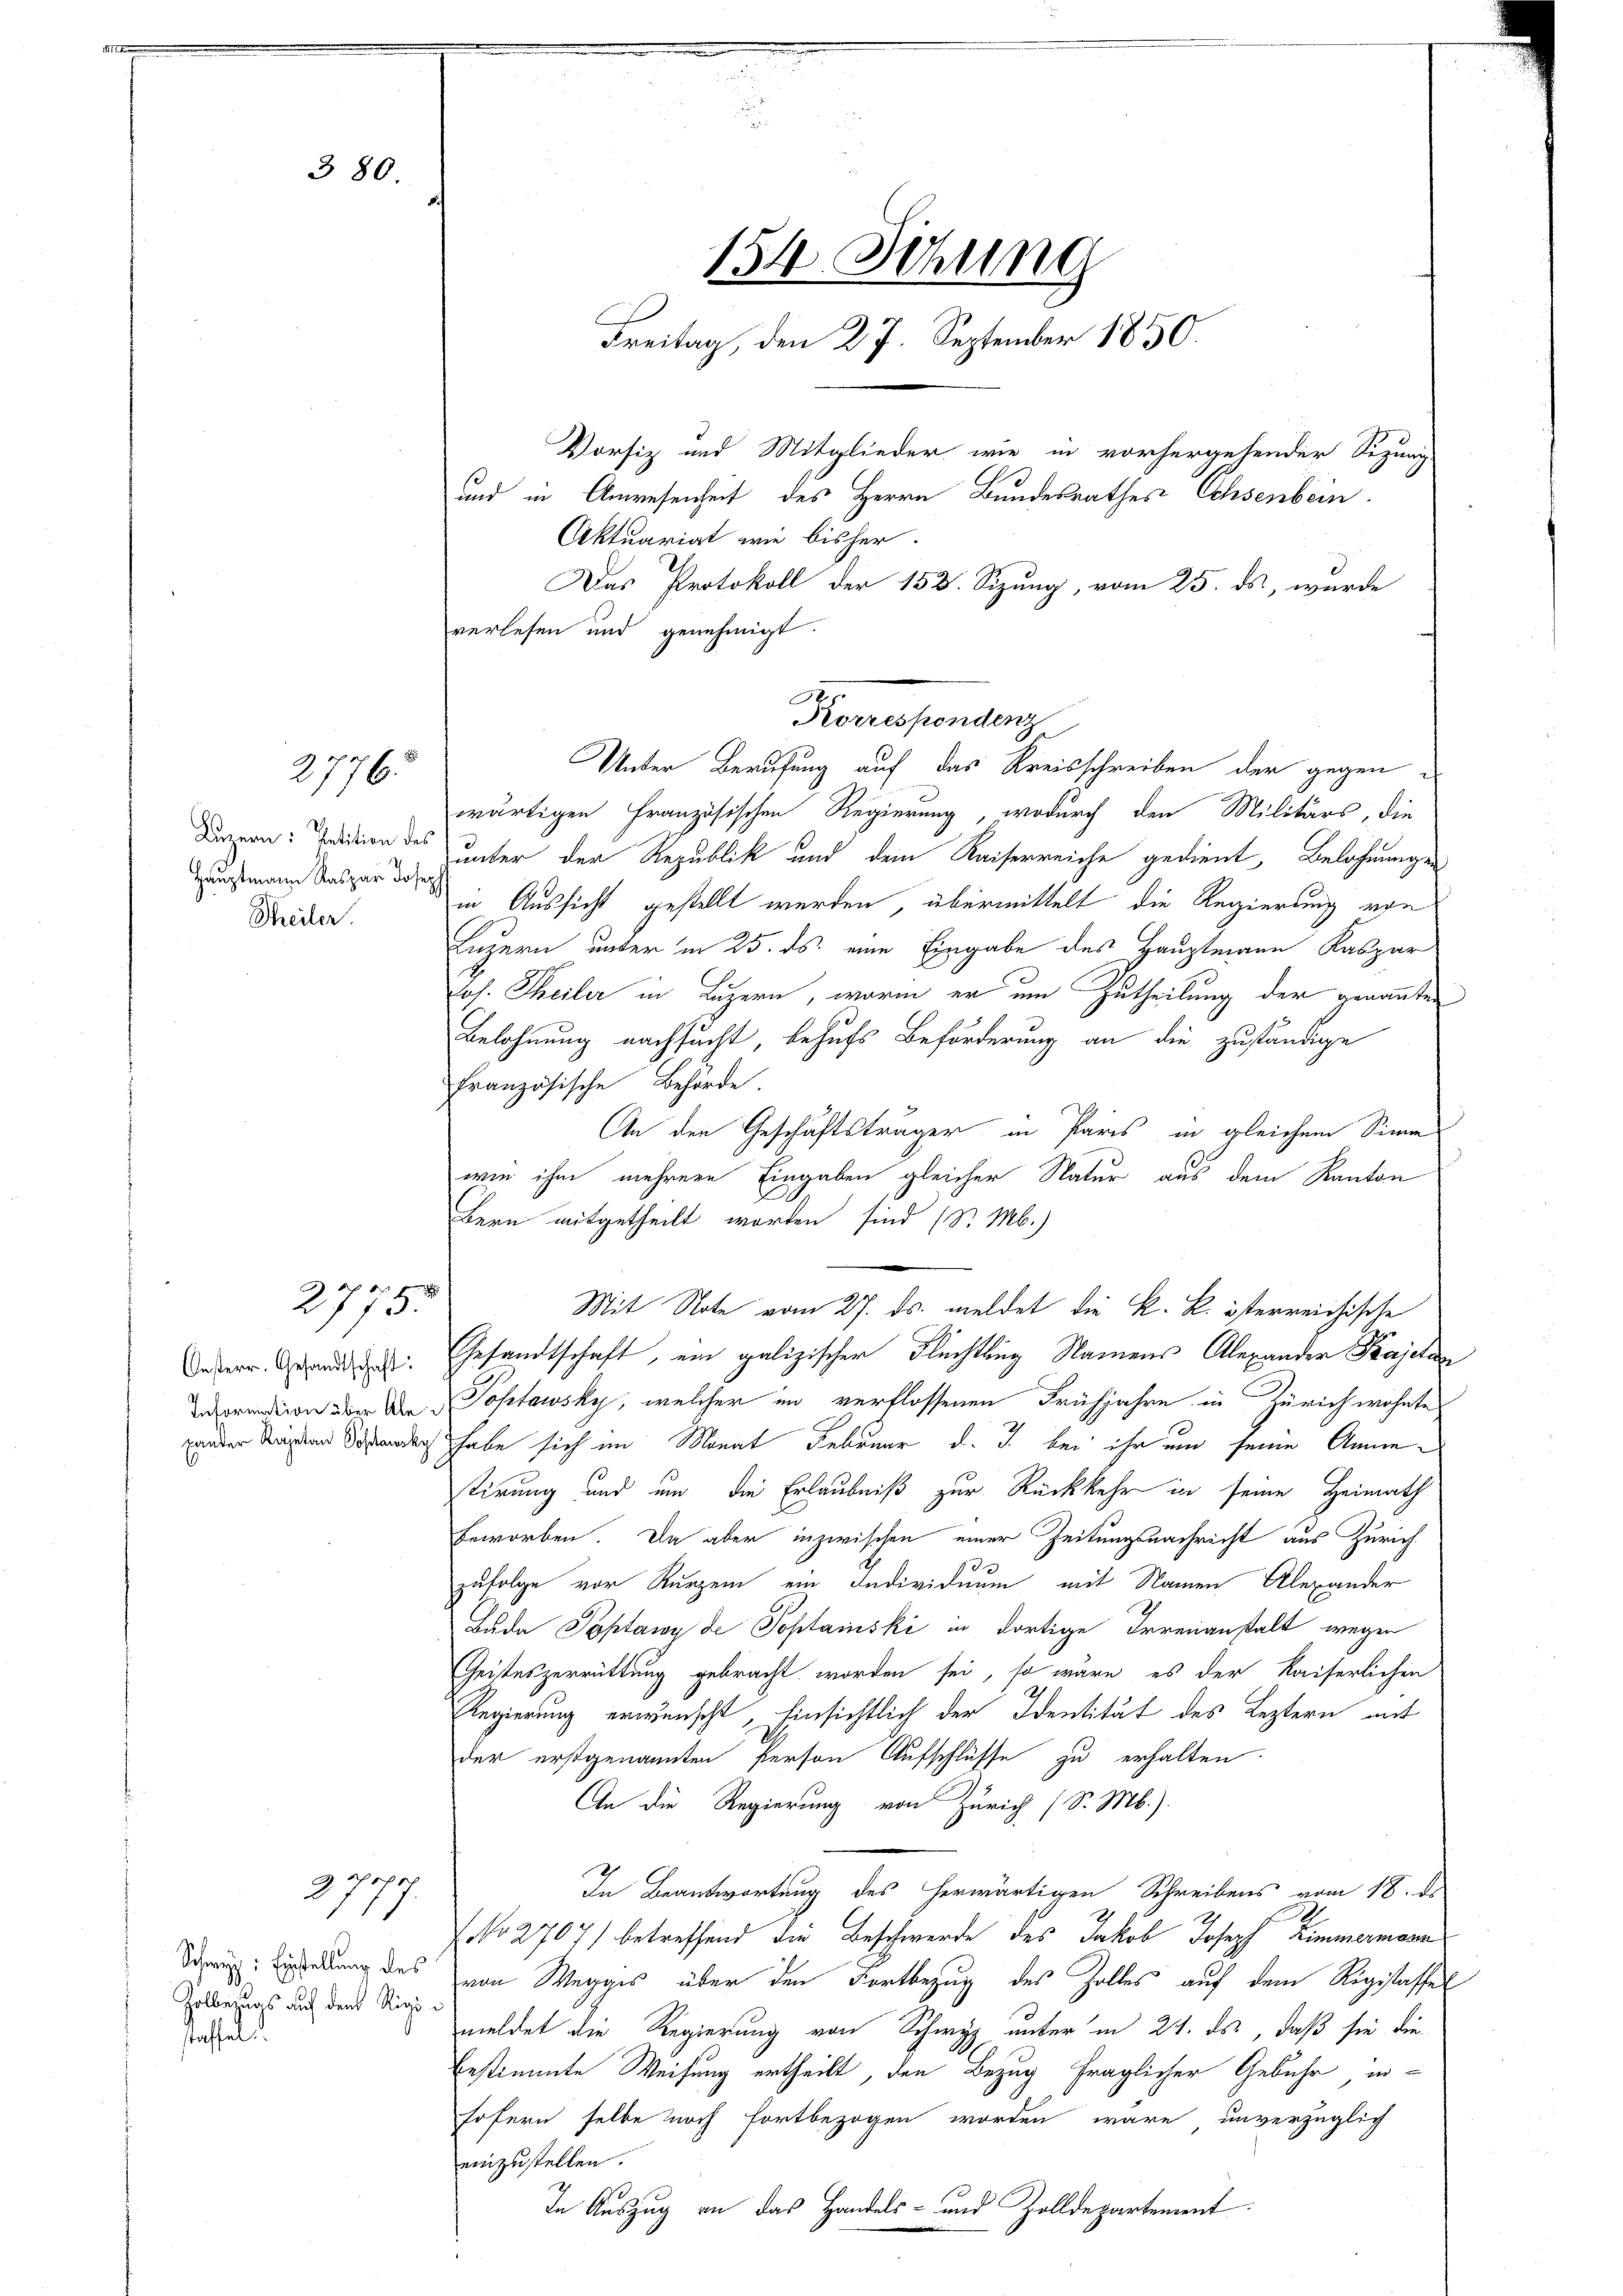
3 80.

2776.

Hauptmann Kaspar Josep
Theiler.

2775.

Oesterr. Gesandtschaft:

Schreyz: Einstellung des
Zolbezugs auf dem Rigi
staffet.

277

Das Protokoll der 158. Sizung, vom 25. ds., wurde
verlesen und genehmigt.

Unter Berufung auf das Kreisschreiben der gegen
wärtigen Französischen Regierung, wodurch den Militärs, die
Drern: Dedition des unter der Republik und dem Kaiserreiche gedient, Belohnungen
in Aussicht gestellt werden, übermittelt die Regierung von
Luzern unter in 25. ds. eine Eingabe des Hauptmann Kaspar
Jos. Theiler in Luzern, worin er um Zutheilung der genannten
Belohnung nachsucht, behufs Beförderung an die zuständige
Französische Behörde.
An den Geschäftsträger in Paris in gleichem Simm
wie ihm mehrere Eingaben gleicher Natur aus dem Kanton
Bern mitgetheilt worden sind (S. M.)
.
Mit Note vom 27. ds. meldet die k. k. österreichische
Gesandtschaft, ein galizischer Flüchtling Namens Alexander Kajetan
Insorention über der Postawsky, welcher in verflossenen Frühjahre in Zürich wohnte
onder Straßen derenden habe sich im Monat Februar d. J. bei ihr um seine Annetirung und um die Erlaubniß zur Rückkehr in seine Heimath
Beworben. Da aber inzwischen einer Zeitungsnachricht aus Zürichzufolge vor Kurzem ein Individuum mit Namen Alexander
Z.
Bada Toptawyde Toptanski in dortige Irrenanstalt wegen
Geisteszerrüttung gebracht worden sei, so wäre es der Kaiserlichen
Regierung erwünscht, hinsichtlich der Identität des Leztern mit
der erstgenannten Person Aufschlüsse zu erhalten.
An die Regierung von Zürich (S. M.)
In Beantwortung des herwärtigen Schreibens vom 18. de
2
No 2707) betreffend die Beschwerde des Jakob Joseph Zimmermann
von Wegges über den Fortbezug des Zolles auf dem Rigistaffel
meldet die Regierung von Schwyz unter in 24. ds, daß sie die
bestimmte Weisung ertheilt, den Bezug fraglicher Gebühr in-
fofern selbe noch fortbezogen worden wäre, unverzüglich
einzustellen.
In Auszug an das Handels- und Zolldepartement

154. Sitzung
Freitag, den 27. September 1850.
Vorsiz und Mitglieder wie in vorhergehender Sezung
und in Anwesenheit des Herrn Bundesrathes Ochsenbein
Aktuariat wie bisher.

Korrespondenz